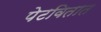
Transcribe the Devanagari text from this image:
पेटवितात